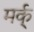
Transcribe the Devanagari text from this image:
मर्क्